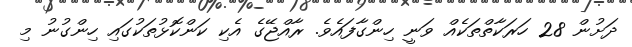
ދަށުން 28 ހަރަކާތްތަކެއް ވަނީ ހިންގާފައެވެ. ރާއްޖޭގެ އެކި ކަންކޮޅުތަކުގައި ހިންގުނު މި